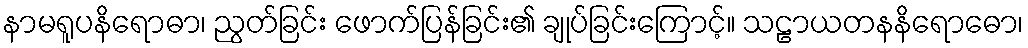
နာမရူပနိရောဓာ၊ ညွတ်ခြင်း ဖောက်ပြန်ခြင်း၏ ချုပ်ခြင်းကြောင့်။ သဠာယတနနိရောဓော၊